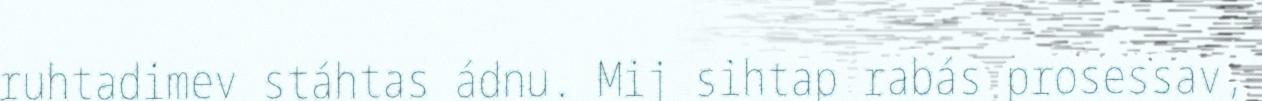
ruhtadimev stáhtas ádnu. Mij sihtap rabás prosessav,